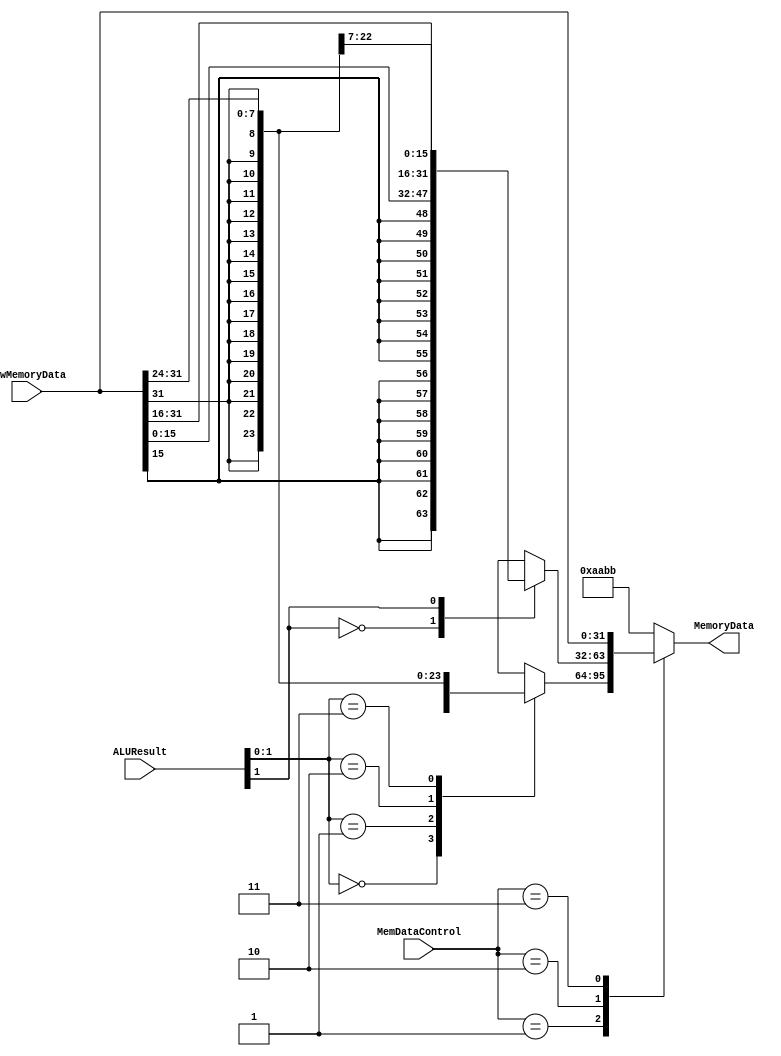
`timescale 1ns / 1ps
`default_nettype none 
module MemDataFix (
    input wire [31:0] ALUResult,
    input wire [2:0] MemDataControl,
    input wire [31:0] RawMemoryData,

    output wire [31:0] MemoryData
);
    reg [31:0] MemoryDataReg;
    assign MemoryData = MemoryDataReg;

    always @(*) begin
        case (MemDataControl)
            3'b001: begin
                case (ALUResult[1:0])
                    2'b00: begin
                        MemoryDataReg = $signed(RawMemoryData[7:0]);
                    end 
                    2'b01: begin
                        MemoryDataReg = $signed(RawMemoryData[15:8]);
                    end
                    2'b10 : begin
                        MemoryDataReg = $signed(RawMemoryData[23:16]);
                    end
                    2'b11 : begin
                        MemoryDataReg = $signed(RawMemoryData[31:24]);
                    end
                    default: begin
                        MemoryDataReg = 32'heeee;
                    end
                endcase
            end 
            3'b010: begin
                case (ALUResult[1])
                    1'b0: begin
                        MemoryDataReg = $signed(RawMemoryData[15:0]);
                    end 
                    1'b1: begin
                        MemoryDataReg = $signed(RawMemoryData[31:16]);
                    end
                    default: begin
                        MemoryDataReg = 32'hffff;
                    end
                endcase
            end
            3'b011: begin
                MemoryDataReg = RawMemoryData;
            end
            default: begin
                MemoryDataReg = 32'haabb;
            end 
        endcase
    end
endmodule